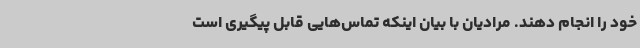
خود را انجام دهند. مرادیان با بیان اینکه تماس‌هایی قابل پیگیری است